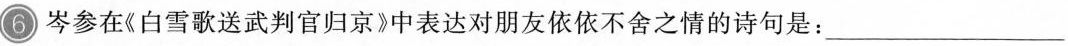
6 岑参在《白雪歌送武判官归京》中表达对朋友依依不舍之情的诗句是：___